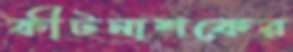
কীটনাশকের